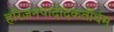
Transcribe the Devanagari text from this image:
हरिजनपादोदकर्तीर्थम्‌